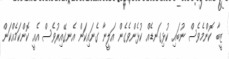
ޒީބާ ކޮންމެވެސް ނުބައި ކުޅިގަނޑެއް ކުޅެންވެގެން އަލީނާ ގެނައިކަން އެނގޭއިރުވެސް އެއީ ކޮންކަމެއްކަން